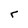
Character: r